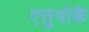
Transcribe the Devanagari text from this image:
एत्तुथोकै